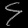
Digit: ၄